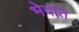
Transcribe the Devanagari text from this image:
भेदात